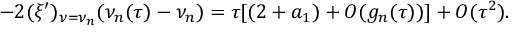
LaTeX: - 2 ( \xi ^ { \prime } ) _ { \nu = \nu _ { n } } ( \nu _ { n } ( \tau ) - \nu _ { n } ) = \tau [ ( 2 + a _ { 1 } ) + O ( g _ { n } ( \tau ) ) ] + O ( \tau ^ { 2 } ) .